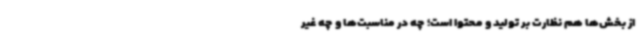
از بخش‌ها هم نظارت بر تولید و محتوا است؛ چه در مناسبت‌ها و چه غیر